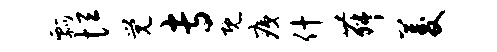
瓢恒觉专既痍什舞菱